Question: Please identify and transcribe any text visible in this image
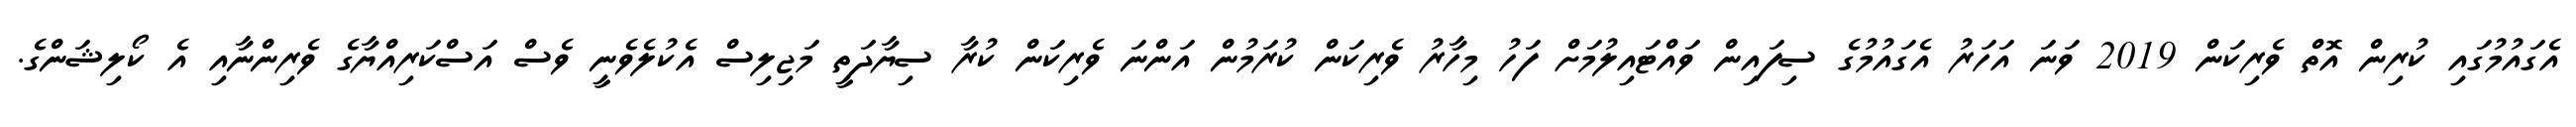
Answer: އެގައުމުގައި ކުރިން އޮތް ވެރިކަން 2019 ވަނަ އަހަރު އެގައުމުގެ ސިފައިން ވައްޓައިލުމަށް ފަހު މިހާރު ވެރިކަން ކުރަމުން އަންނަ ވެރިކަން ކުރާ ސިޔާދަތީ މަޖިލިސް އެކުލެވެނީ ވެސް އަސްކަރިއްޔާގެ ވެރިންނާއި އެ ކޯލިޝަންގެ.